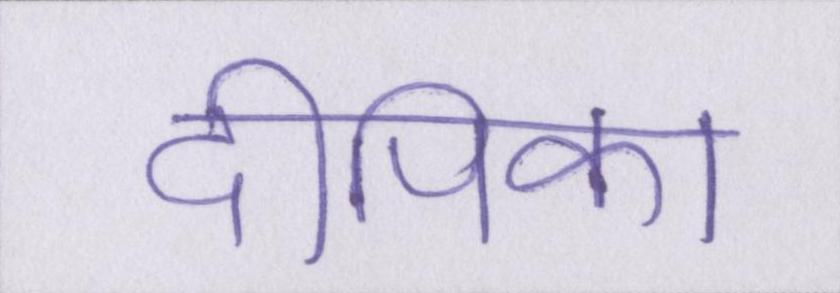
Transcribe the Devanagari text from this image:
दीपिका